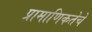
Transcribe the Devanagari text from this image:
प्रामाणिकतेचे